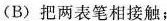
(B)把两表笔相接触；